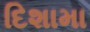
દિશામા